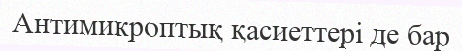
Антимикроптық қасиеттері де бар